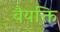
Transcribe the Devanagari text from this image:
बैयक्ति